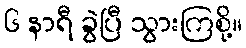
၆ နာရီ ခွဲပြီ သွားကြစို့။